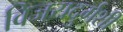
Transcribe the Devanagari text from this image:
विजयदुर्गशी